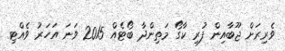
ވެރިރަށް ޖޫބާއިން ފުރި ކާގޯ މަތިންދާ ބޯޓެއް 2015 ވަނަ އަހަރު ވެއްޓި